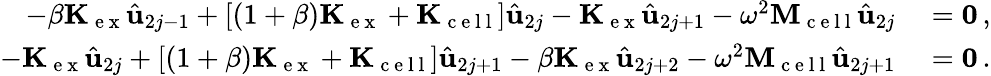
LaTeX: \begin{array}{rl}{-\beta\mathbf{K}_{\mathrm{~e~x~}}\hat{\mathbf{u}}_{2j-1}+[(1+\beta)\mathbf{K}_{\mathrm{~e~x~}}+\mathbf{K}_{\mathrm{~c~e~l~l~}}]\hat{\mathbf{u}}_{2j}-\mathbf{K}_{\mathrm{~e~x~}}\hat{\mathbf{u}}_{2j+1}-\omega^{2}\mathbf{M}_{\mathrm{~c~e~l~l~}}\hat{\mathbf{u}}_{2j}}&{{}=\mathbf{0}\, ,}\\ {-\mathbf{K}_{\mathrm{~e~x~}}\hat{\mathbf{u}}_{2j}+[(1+\beta)\mathbf{K}_{\mathrm{~e~x~}}+\mathbf{K}_{\mathrm{~c~e~l~l~}}]\hat{\mathbf{u}}_{2j+1}-\beta\mathbf{K}_{\mathrm{~e~x~}}\hat{\mathbf{u}}_{2j+2}-\omega^{2}\mathbf{M}_{\mathrm{~c~e~l~l~}}\hat{\mathbf{u}}_{2j+1}}&{{}=\mathbf{0}\, .}\end{array}